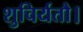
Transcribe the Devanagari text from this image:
शुचिर्यतौ।